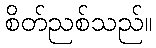
စိတ်ညစ်သည်။